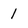
Character: 1